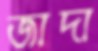
জাদা